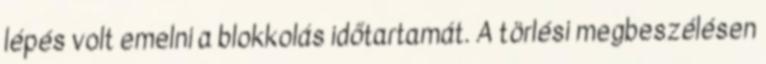
lépés volt emelni a blokkolás időtartamát. A törlési megbeszélésen